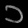
Digit: ၁